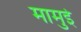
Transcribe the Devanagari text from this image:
मामुई